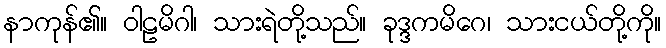
နာကုန်၏။ ဝါဠမိဂါ၊ သားရဲတို့သည်။ ခုဒ္ဒကမိဂေ၊ သားငယ်တို့ကို။